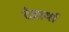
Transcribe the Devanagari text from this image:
देवार्या